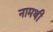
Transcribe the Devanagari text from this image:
नामथी